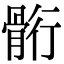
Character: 䯒